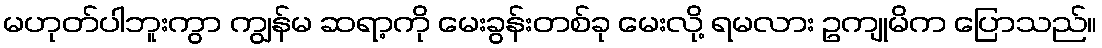
မဟုတ်ပါဘူးကွာ ကျွန်မ ဆရာ့ကို မေးခွန်းတစ်ခု မေးလို့ ရမလား ဥကျုမိက ပြောသည်။